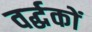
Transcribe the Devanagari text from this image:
वर्द्धकों